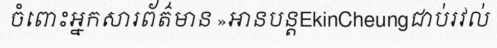
ចំពោះអ្នកសារព័ត៌មាន »អានបន្តEkinCheungជាប់រវល់